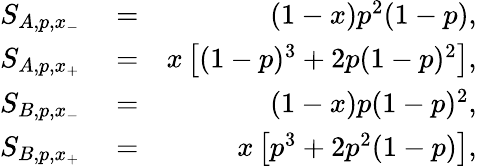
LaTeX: \begin{array}{rlr}{S_{A,p,x_{-}}}&{{}=}&{(1-x)p^{2}(1-p),}\\ {S_{A,p,x_{+}}}&{{}=}&{x\left[(1-p)^{3}+2p(1-p)^{2}\right],}\\ {S_{B,p,x_{-}}}&{{}=}&{(1-x)p(1-p)^{2},}\\ {S_{B,p,x_{+}}}&{{}=}&{x\left[p^{3}+2p^{2}(1-p)\right],}\end{array}